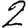
Digit: 2